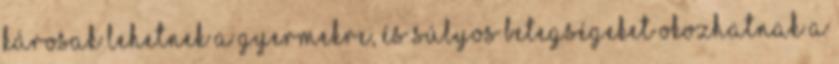
károsak lehetnek a gyermekre, és súlyos betegségeket okozhatnak a